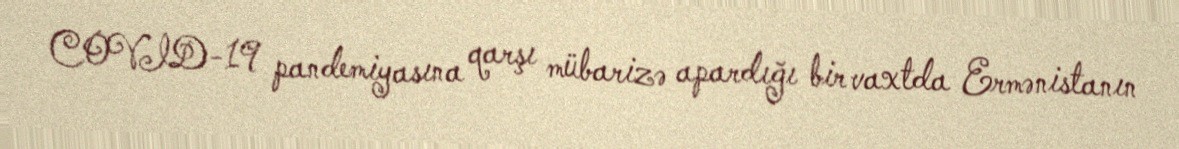
COVID-19 pandemiyasına qarşı mübarizə apardığı bir vaxtda Ermənistanın